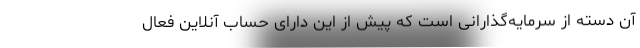
آن دسته از سرمایه‌گذارانی است که پیش از این دارای حساب‌ آنلاین فعال